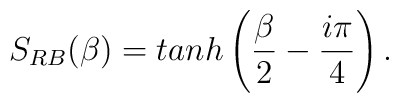
S_{RB} (\beta) = tanh \left(\frac{\beta}{2} - \frac{i \pi}{4} \right).